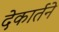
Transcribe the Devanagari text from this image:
देकार्तने